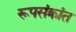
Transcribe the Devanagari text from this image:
रूपसंक्रांत